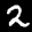
Digit: 2